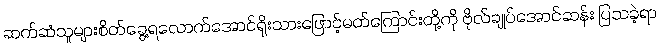
ဆက်ဆံသူများစိတ်ခွေ့ရလောက်အောင်ရိုးသားဖြောင့်မတ်ကြောင်းတို့ကို ဗိုလ်ချုပ်အောင်ဆန်း ပြသခဲ့ရာ